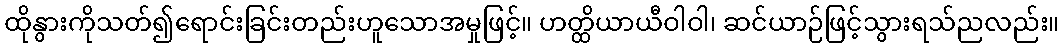
ထိုနွားကိုသတ်၍ရောင်းခြင်းတည်းဟူသောအမှုဖြင့်။ ဟတ္ထိယာယီဝါဝါ၊ ဆင်ယာဉ်ဖြင့်သွားရသ်ညလည်း။